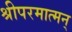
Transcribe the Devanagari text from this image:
श्रीपरमात्मन्